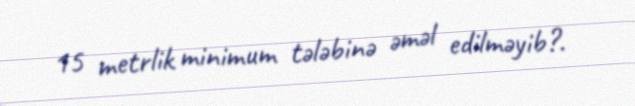
15 metrlik minimum tələbinə əməl edilməyib?.